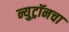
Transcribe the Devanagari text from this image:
न्युट्रॉनचा